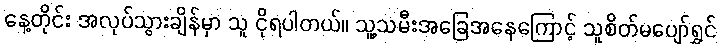
နေ့တိုင်း အလုပ်သွားချိန်မှာ သူ ငိုရပါတယ်။ သူ့သမီးအခြေအနေကြောင့် သူစိတ်မပျော်ရွှင်